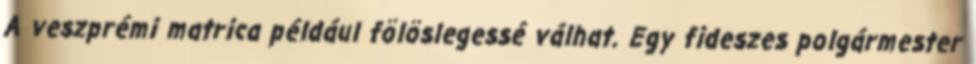
A veszprémi matrica például fölöslegessé válhat. Egy fideszes polgármester